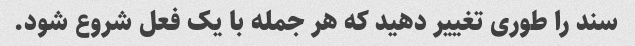
سند را طوری تغییر دهید که هر جمله با یک فعل شروع شود.